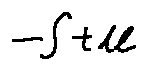
- \int t d l